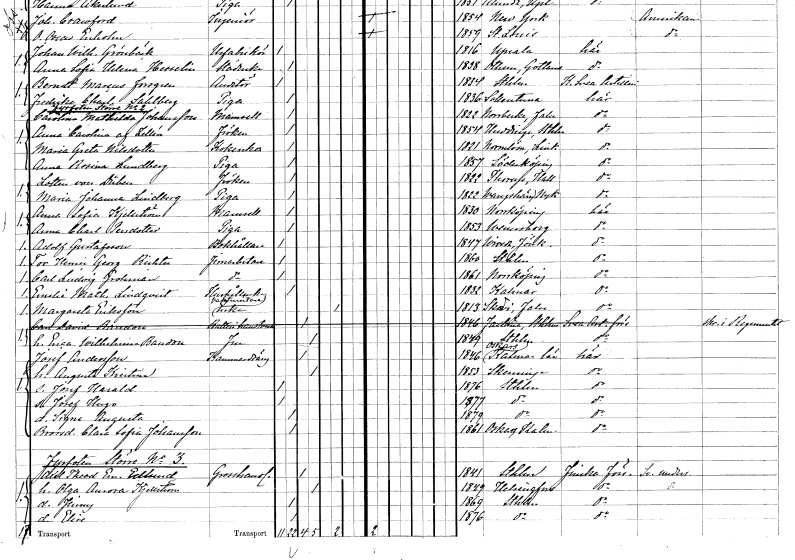
gt_parse: households: individuals: FN: Carolina Mathilda
EN: Johansson
KON: K
CIV: O
FODAR: 1822
FODFORS: Norrbärke Kopparbergs län
FN: Anna Carolina
EN: af Zellén
KON: K
CIV: O
FODAR: 1854
FODFORS: Huddinge Stockholms län
FN: Maria Greta
EN: Nilsdotter
YRKE: Kokerska
KON: K
CIV: O
FODAR: 1821
FODFORS: Normlösa Östergötlands län
FN: Anna Rosina
EN: Lundberg
YRKE: Piga
KON: K
CIV: O
FODAR: 1857
FODFORS: Söderköping Östergötlands län
FN: Lotten
EN: von Düben
KON: K
CIV: O
FODAR: 1822
FODFORS: Torup Hallands län
FN: Maria Johanna
EN: Lindberg
YRKE: Piga
KON: K
CIV: O
FODAR: 1822
FODFORS: Vagnhärad Södermanlands län
FN: Anna Sofia
EN: Kjellström
KON: K
CIV: O
FODAR: 1830
FODFORS: Norrköping Östergötlands län
FN: Anna Charlotta
EN: Persdotter
YRKE: Piga
KON: K
CIV: O
FODAR: 1853
FODFORS: Vänersborg Älvsborgs län
FN: Adolf
EN: Gustafsson
YRKE: Bokhållare
KON: M
CIV: O
FODAR: 1847
FODFORS: Vireda Jönköpings län
FN: Tor Henric Georg
EN: Richter
YRKE: Järnarbetare
KON: M
CIV: O
FODAR: 1860
FODFORS: Stockholm
FN: Carl Ludvig
EN: Grohman
YRKE: Järnarbetare
KON: M
CIV: O
FODAR: 1861
FODFORS: Norrköping Östergötlands län
FN: Emelie Mathilda
EN: Lindqvist
YRKE: Hushållerska
KON: K
CIV: O
FODAR: 1832
FODFORS: Kalmar Kalmar län
FN: Margareta
EN: Eriksson
YRKE: Vaktmästareänka
KON: K
CIV: E
FODAR: 1813
FODFORS: Stora Skedvi Kopparbergs län
FN: Carl David
EN: Bandon
YRKE: Batterihantverkare
KON: M
CIV: G
FODAR: 1846
FODFORS: Fasterna Stockholms län
FN: Erica Wilhelmina
EN: Bandon
KON: K
CIV: G
FODAR: 1849
FODFORS: Stockholm
FN: Josef
EN: Andersson
YRKE: Kammardräng
KON: M
CIV: G
FODAR: 1846
FODFORS: Oskar Kalmar län
FN: Augusta Kristina
KON: K
CIV: G
FODAR: 1853
FODFORS: Skänninge Östergötlands län
FN: Josef Harald
KON: M
CIV: O
FODAR: 1876
FODFORS: Stockholm
FN: Josef Hugo
KON: M
CIV: O
FODAR: 1877
FODFORS: Stockholm
FN: Signe Augusta
KON: K
CIV: O
FODAR: 1879
FODFORS: Stockholm
FN: Clara Sofia
EN: Johansson
KON: K
CIV: O
FODAR: 1861
FODFORS: Oskar Kalmar län
FN: Axel Theodor Emanuel
EN: Edlund
YRKE: Grosshandlare
KON: M
CIV: G
FODAR: 1841
FODFORS: Stockholm
FN: Olga Aurora
EN: Kjellström
KON: K
CIV: G
FODAR: 1849
FN: Jenny
KON: K
CIV: O
FODAR: 1869
FODFORS: Stockholm
FN: Elise
KON: K
CIV: O
FODAR: 1876
FODFORS: Stockholm